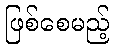
ဖြစ်စေမည့်